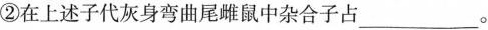
②在上述子代灰身弯曲尾雌鼠中杂合子占___。